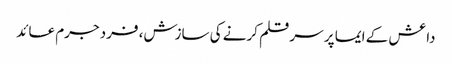
داعش کے ایما پر سر قلم کرنے کی سازش، فرد جرم عائد